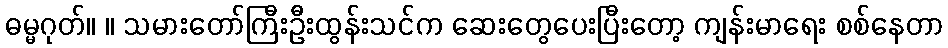
ဓမ္မဂုတ်။ ။ သမားတော်ကြီးဦးထွန်းသင်က ဆေးတွေပေးပြီးတော့ ကျန်းမာရေး စစ်နေတာ